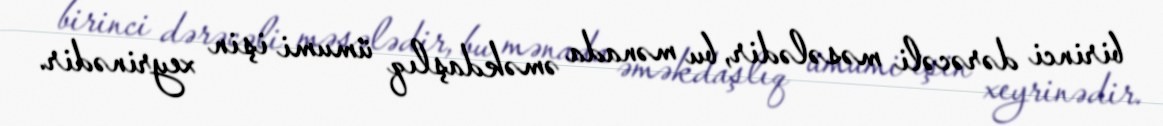
birinci dərəcəli məsələdir, bu mənada əməkdaşlıq ümumi işin xeyrinədir.